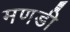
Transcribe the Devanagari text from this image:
मणडी